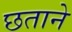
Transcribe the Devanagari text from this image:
छताने